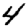
Digit: 4